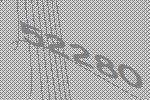
52280